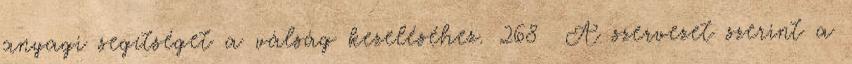
anyagi segítséget a válság kezeléséhez. 268 A szervezet szerint a